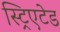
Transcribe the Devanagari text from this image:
स्ट्रिएटेड